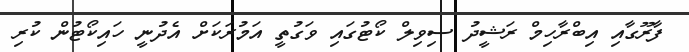
ފާރޫގާއި އިބްރާހިމް ރަޝީދު ސިވިލް ކޯޓުގައި ވަގުތީ އަމުރަކަށް އެދުނީ ހައިކޯޓުން ކުރި